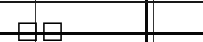
٥٥